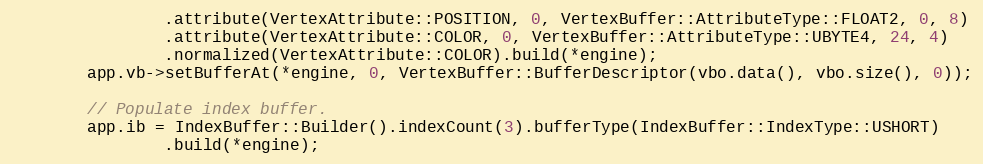
Language: C++
                .attribute(VertexAttribute::POSITION, 0, VertexBuffer::AttributeType::FLOAT2, 0, 8)
                .attribute(VertexAttribute::COLOR, 0, VertexBuffer::AttributeType::UBYTE4, 24, 4)
                .normalized(VertexAttribute::COLOR).build(*engine);
        app.vb->setBufferAt(*engine, 0, VertexBuffer::BufferDescriptor(vbo.data(), vbo.size(), 0));

        // Populate index buffer.
        app.ib = IndexBuffer::Builder().indexCount(3).bufferType(IndexBuffer::IndexType::USHORT)
                .build(*engine);